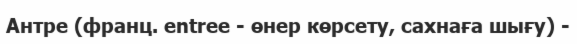
Антре (франц. entree - өнер көрсету, сахнаға шығу) -